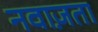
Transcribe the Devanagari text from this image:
नवाज़ता